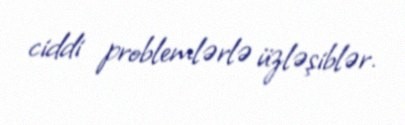
ciddi problemlərlə üzləşiblər.